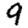
Digit: 9